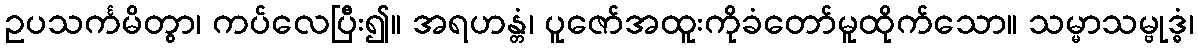
ဥပသင်္ကမိတွာ၊ ကပ်လေပြီး၍။ အရဟန္တံ၊ ပူဇော်အထူးကိုခံတော်မူထိုက်သော။ သမ္မာသမ္ဗုဒ္ဓံ၊